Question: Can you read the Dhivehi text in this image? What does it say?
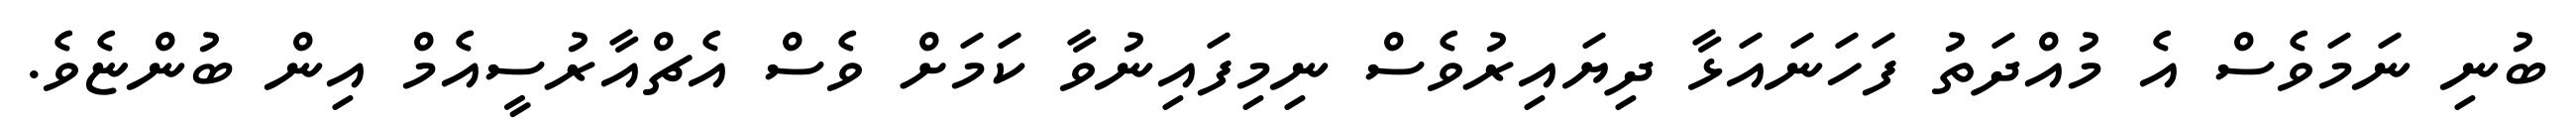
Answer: ބުނި ނަމަވެސް އެ މުއްދަތު ފަހަނައަޅާ ދިޔައިރުވެސް ނިމިފައިނުވާ ކަމަށް ވެސް އެޗްއާރުސީއެމް އިން ބުންޏެވެ.